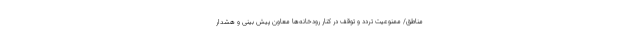
مناطق/ ممنوعیت تردد و توقف در کنار رودخانه‌ها معاون پیش بینی و هشدار